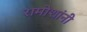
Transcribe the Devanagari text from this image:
रामोशांनी